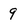
Character: 9